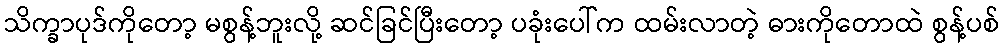
သိက္ခာပုဒ်ကိုတော့ မစွန့်ဘူးလို့ ဆင်ခြင်ပြီးတော့ ပခုံးပေါ်က ထမ်းလာတဲ့ ဓားကိုတောထဲ စွန့်ပစ်